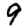
Digit: 9